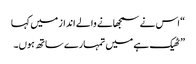
“ اس نے سمجھانے والے انداز میں کہا
” ٹھیک ہے میں تمہارے ساتھ ہوں۔